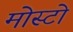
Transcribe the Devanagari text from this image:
मोस्टो